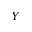
Y